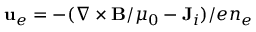
{ \bf { u } } _ { e } = - ( \nabla \times { \bf { B } } / \mu _ { 0 } - { \bf { J } } _ { i } ) / e n _ { e }